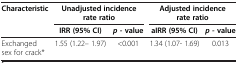
<table><thead><tr><td rowspan="2"><b>Characteristic</b></td><td colspan="2"><b>Unadjusted incidence rate ratio</b></td><td colspan="2"><b>Adjusted incidence rate ratio</b></td></tr><tr><td><b>IRR (95% CI)</b></td><td><b><i>p - </i>value</b></td><td><b>aIRR (95% CI)</b></td><td><b><i>p - </i>value</b></td></tr></thead><tbody><tr><td>Exchanged sex for crack*</td><td>1.55 (1.22– 1.97)</td><td>&lt;0.001</td><td>1.34 (1.07- 1.69)</td><td>0.013</td></tr></tbody></table>